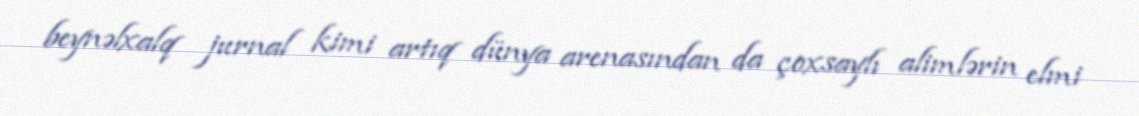
beynəlxalq jurnal kimi artıq dünya arenasından da çoxsaylı alimlərin elmi